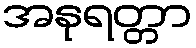
အနုရတ္တာ